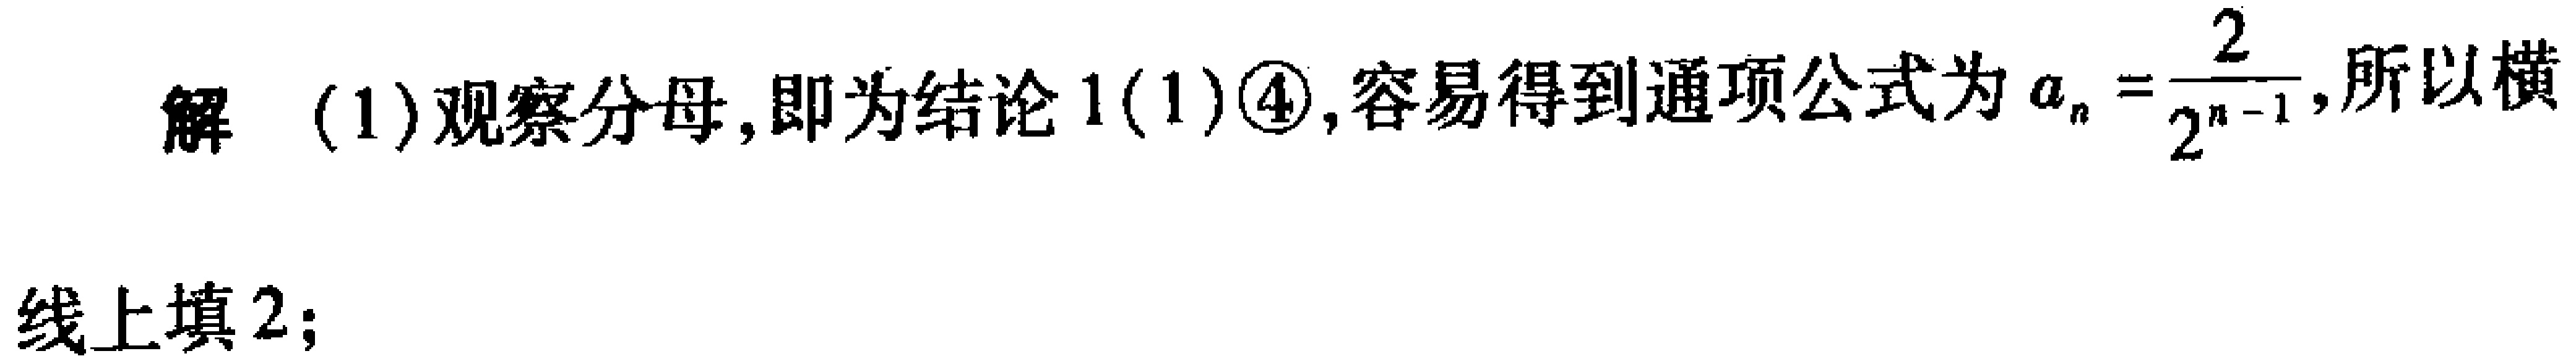
解 (1) 观察分母, 即为结论 1(1)\textcircled{4}, 容易得到通项公式为 \(a_{n}=\frac{2}{2^{n - 1}}\), 所以横线上填 2;